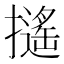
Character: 𢷫